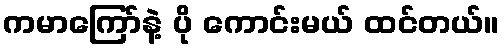
ကမာကြော်နဲ့ ပို ကောင်းမယ် ထင်တယ်။